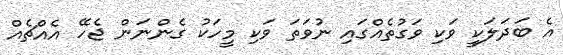
އެ ބަދަލަކީ ވަކި ވަގުތެއްގައި ނުވަތަ ވަކި މީހަކު ގެންނަން ޖެހޭ އެއްޗެއް